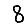
Digit: 8